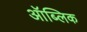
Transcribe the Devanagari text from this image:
ऑब्लिक